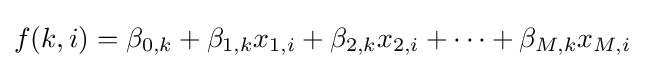
f(k,i)=\beta _{0,k}+\beta _{1,k}x_{1,i}+\beta _{2,k}x_{2,i}+\cdots +\beta _{M,k}x_{M,i}